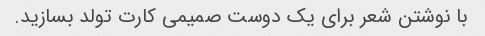
با نوشتن شعر برای یک دوست صمیمی کارت تولد بسازید.